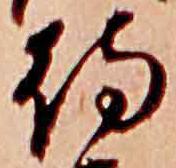
待